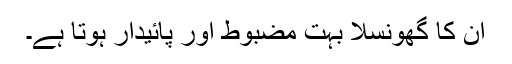
ان کا گھونسلا بہت مضبوط اور پائیدار ہوتا ہے۔